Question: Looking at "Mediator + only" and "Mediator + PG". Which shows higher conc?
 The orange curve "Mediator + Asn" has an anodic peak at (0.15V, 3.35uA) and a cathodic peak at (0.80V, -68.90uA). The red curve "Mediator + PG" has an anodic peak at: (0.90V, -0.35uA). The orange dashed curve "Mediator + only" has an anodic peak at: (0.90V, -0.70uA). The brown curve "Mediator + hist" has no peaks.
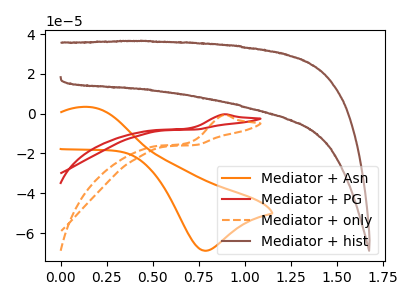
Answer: <think>All the peaks in "Mediator + only" have a peak in "Mediator + PG" at the same potential. Every peak in "Mediator + only" is lower than every peak in "Mediator + PG".
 </think>
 <answer>"Mediator + only" has less signal than "Mediator + PG" and so likely has a lower concentration.</answer>
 <eval>less_concentration</eval>